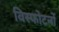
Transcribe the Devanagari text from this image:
विस्फोटनों